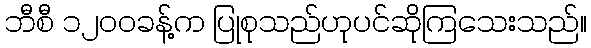
ဘီစီ ၁၂၀၀ခန့်က ပြုစုသည်ဟုပင်ဆိုကြသေးသည်။